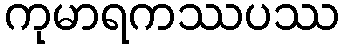
ကုမာရကဿပဿ